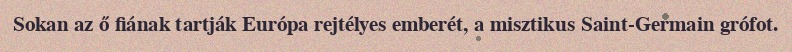
Sokan az ő fiának tartják Európa rejtélyes emberét, a misztikus Saint-Germain grófot.